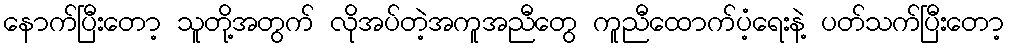
နောက်ပြီးတော့ သူတို့အတွက် လိုအပ်တဲ့အကူအညီတွေ ကူညီထောက်ပံ့ရေးနဲ့ ပတ်သက်ပြီးတော့